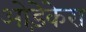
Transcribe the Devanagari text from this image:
ओड़ेकेरा